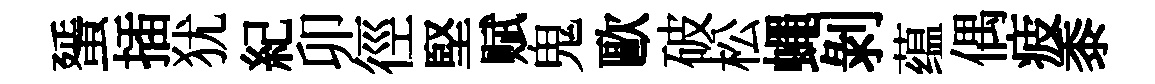
蜑插犹紀卯徑堅赋鬼歐破松蠅剝蕴偶疲黍